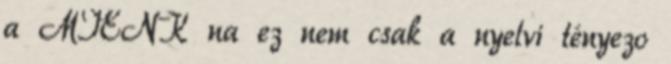
a MIENK na ez nem csak a nyelvi tényezo